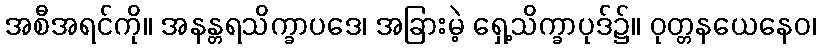
အစီအရင်ကို။ အနန္တရသိက္ခာပဒေ၊ အခြားမဲ့ ရှေ့သိက္ခာပုဒ်၌။ ဝုတ္တနယေနေဝ၊